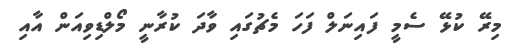
މިރޭ ކުޅޭ ސެމީ ފައިނަލް ފަހަ މެޗުގައި ވާދަ ކުރާނީ މޯލްޑިވިއަން އާއި